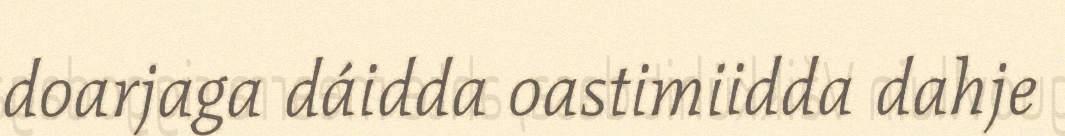
doarjaga dáidda oastimiidda dahje